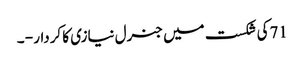
71کی شکست میں جنرل نیازی کا کردار - ۔